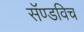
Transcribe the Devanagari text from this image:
सॅण्डविच